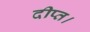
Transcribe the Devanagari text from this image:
दीप्त।